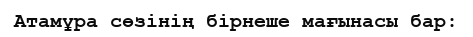
Атамұра сөзінің бірнеше мағынасы бар: